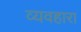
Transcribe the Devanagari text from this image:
व्यवहारा